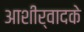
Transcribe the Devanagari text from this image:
आशीर्वादके